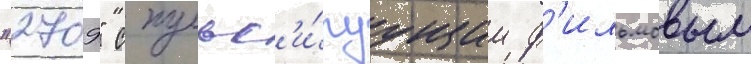
"2709" с пульс'и́руущим ф'ильмовым